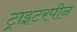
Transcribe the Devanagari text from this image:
ट्राइटरपीन